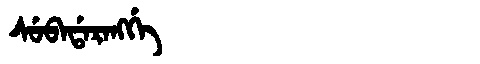
Manchu: ᠰᡠᠪᠠᡩᠠᡵᠠᠩᡤᡝ
Romanization: SUBADARANGGE